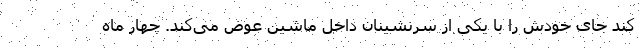
کند جای خودش را با یکی از سرنشینان داخل ماشین عوض می‌کند. چهار ماه